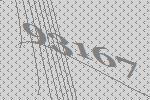
93167